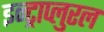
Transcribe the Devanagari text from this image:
इन्ट्राप्लुरल